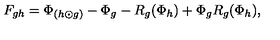
F _ { g h } = \Phi _ { ( h \odot g ) } - \Phi _ { g } - R _ { g } ( \Phi _ { h } ) + \Phi _ { g } R _ { g } ( \Phi _ { h } ) ,